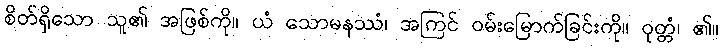
စိတ်ရှိသော သူ၏ အဖြစ်ကို။ ယံ သောမနဿံ၊ အကြင် ဝမ်းမြောက်ခြင်းကို။ ဝုတ္တံ၊ ၏။